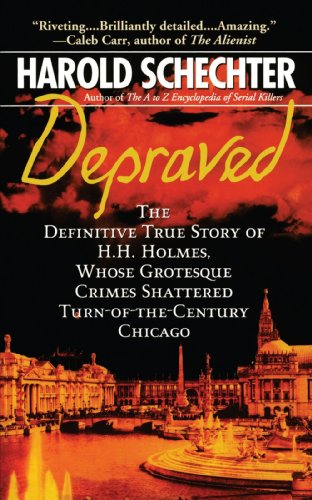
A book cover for Depraved: The Definitive True Story of H.H. Holmes, Whose Grotesque Crimes Shattered Turn-of-the-Century Chicago; Harold Schechter; Biographies & Memoirs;